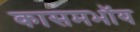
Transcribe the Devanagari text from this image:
कासमभॉय